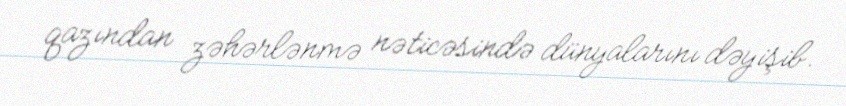
qazından zəhərlənmə nəticəsində dünyalarını dəyişib.